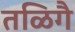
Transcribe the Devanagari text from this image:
तळिगै